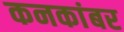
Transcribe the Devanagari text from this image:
कनकांबर